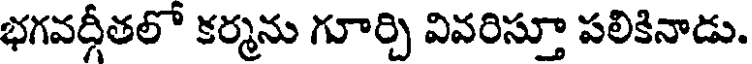
భగవర్గీతలో కర్మను గూర్చి వివరిస్తూ పలికినాడు.